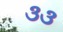
૩૩